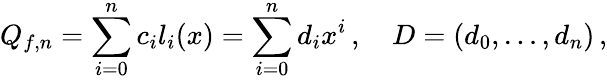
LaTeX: Q_{f,n}=\sum_{i=0}^{n}c_{i}l_{i}(x)=\sum_{i=0}^{n}d_{i}x^{i}\, ,\quad D=(d_{0},\dots,d_{n})\, ,